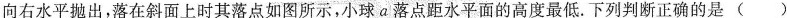
向右水平抛出，落在斜面上时其落点如图所示，小球a落点距水平面的高度最低. 下列判断正确的是 ( )